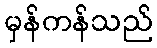
မှန်ကန်သည်